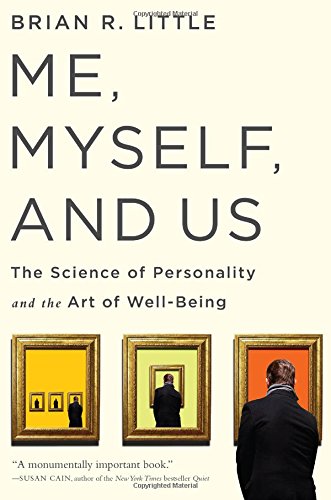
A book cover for Me, Myself, and Us: The Science of Personality and the Art of Well-Being; Brian R Little PhD; Health, Fitness & Dieting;